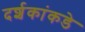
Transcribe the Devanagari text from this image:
दर्शकांकडे